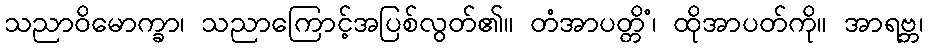
သညာဝိမောက္ခာ၊ သညာကြောင့်အပြစ်လွတ်၏။ တံအာပတ္တိံ၊ ထိုအာပတ်ကို။ အာရဗ္ဘ၊